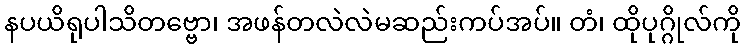
နပယိရုပါသိတဗ္ဗော၊ အဖန်တလဲလဲမဆည်းကပ်အပ်။ တံ၊ ထိုပုဂ္ဂိုလ်ကို